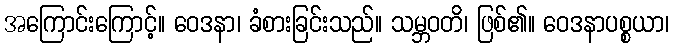
အကြောင်းကြောင့်။ ဝေဒနာ၊ ခံစားခြင်းသည်။ သမ္ဘဝတိ၊ ဖြစ်၏။ ဝေဒနာပစ္စယာ၊